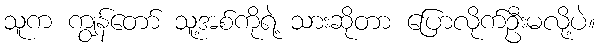
သူက ကျွန်တော် သူ့အစ်ကိုရဲ့ သားဆိုတာ ပြောလိုက်ဦးမလို့ပဲ။